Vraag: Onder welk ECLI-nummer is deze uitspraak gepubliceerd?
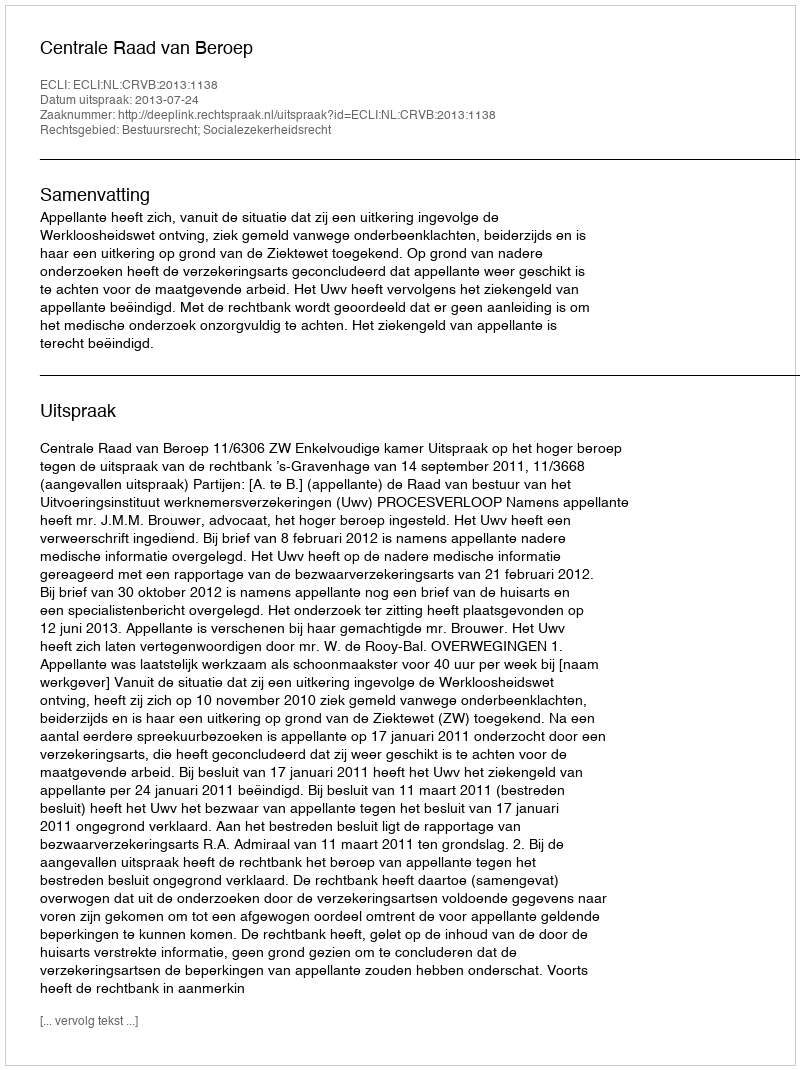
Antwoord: ECLI:NL:CRVB:2013:1138